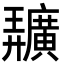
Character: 𢌌